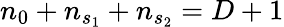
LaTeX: n_{0}+n_{s_{1}}+n_{s_{2}}=D+1